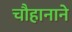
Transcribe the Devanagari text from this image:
चौहानाने